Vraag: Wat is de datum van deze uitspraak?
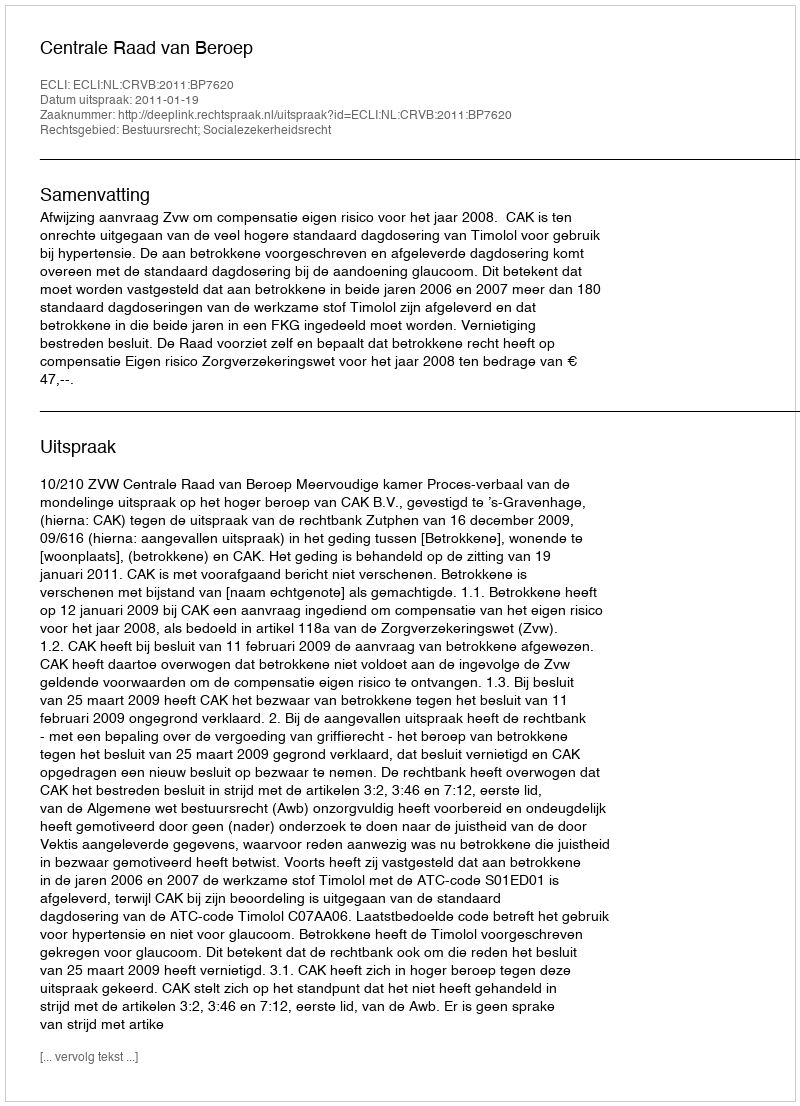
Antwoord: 2011-01-19